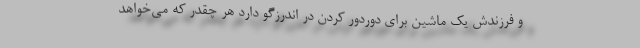
و فرزندش یک ماشین برای دوردور کردن در اندرزگو دارد هر چقدر که می‌خواهد